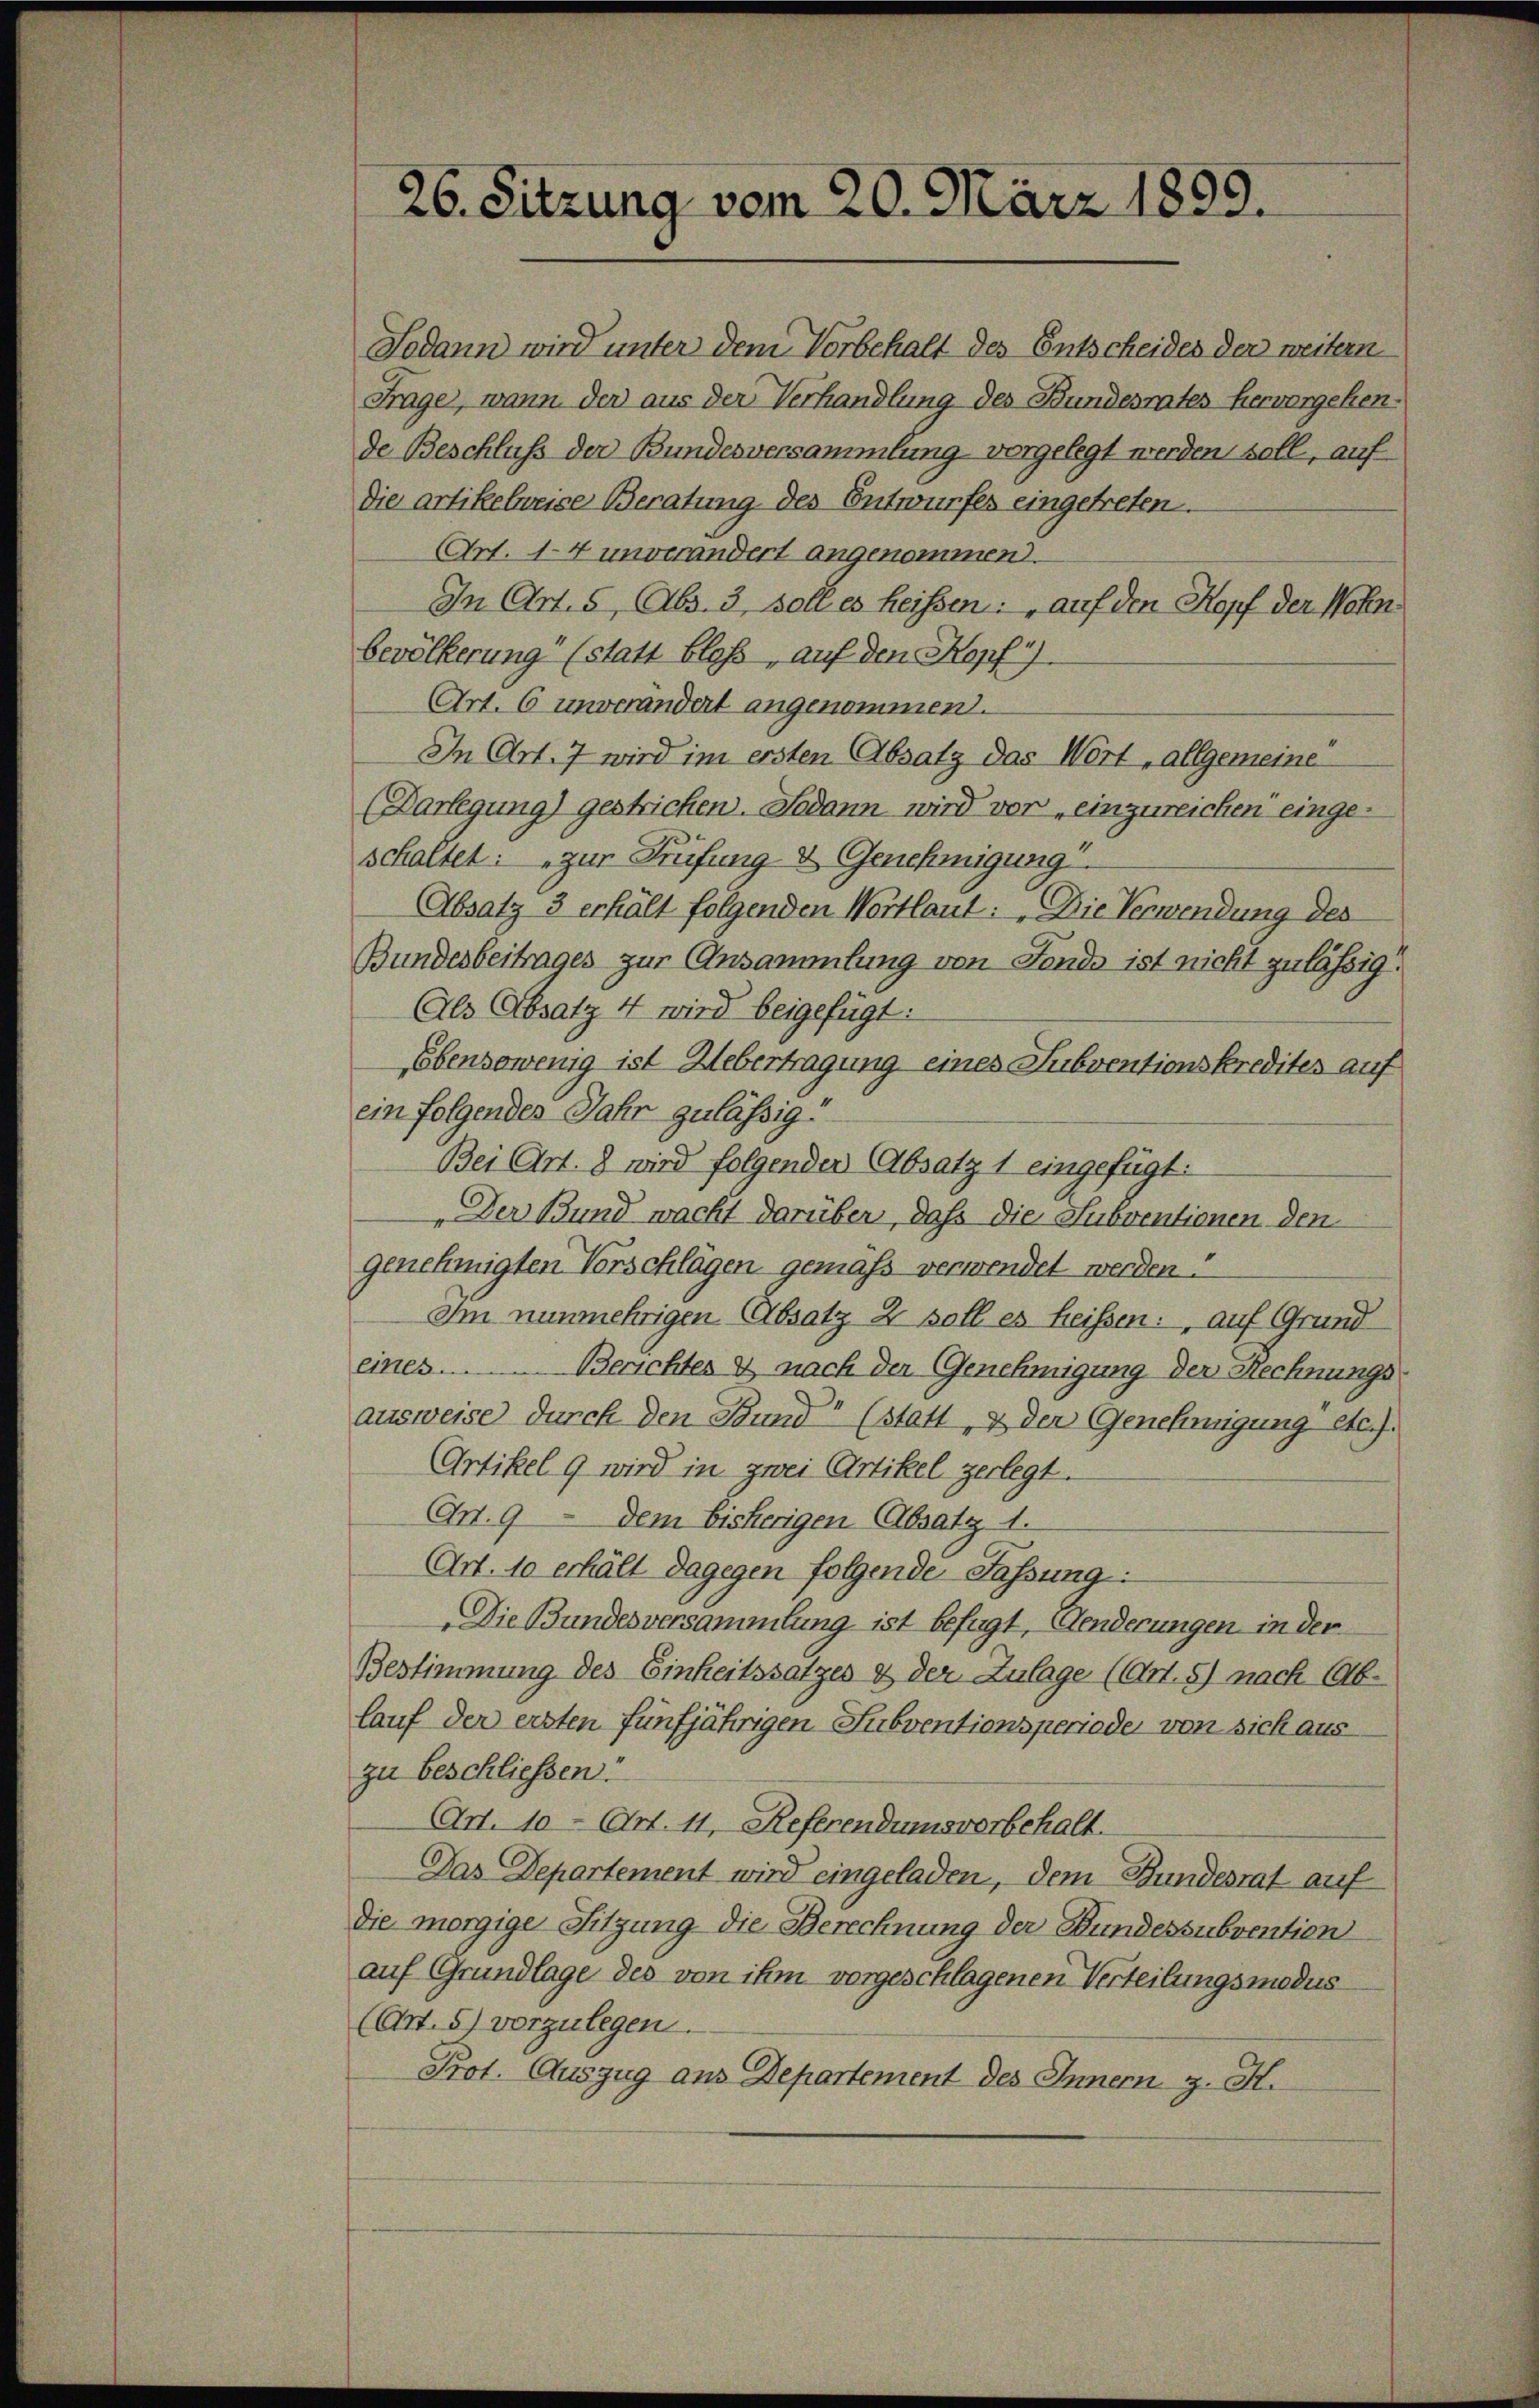
26. Sitzung vom 20. März 1899.

Sodann wird unter dem Vorbehalt des Entscheides der weitern
Frage, wann der aus der Verhandlung des Bundesrates hervorgehende Beschluss der Bundesversammlung vorgelegt werden soll, auf
Die Artikelweise Beratung des Entwurfes eingetreten.
Art. 14 unverändert angenommen.
In Art. 5, Abs. 3, soll es heißen: auf den Kopf der Wohnbevölkerung (statt bloß, auf den Kopf 1).
Art. 6 unverändert angenommen.
In Art. 7 wird im ersten Absatz das Wort „allgemeine
(Darlegung) gestricken. Sodann wird vor einzureichen eingeschaltet: „zur Prüfung & Genehmigung
Absatz 3 erhält folgenden Wortlaut: „Die Verwendung des
Bundesbeitrages zur Ansammlung von Fondo ist nicht zulässig.
Als Absatz 4 wird beigefügt:
Ebensowenig ist Uebertragung eines Subventionskredites auf
ein folgendes Jahr zulässig.
Bei Art. 8 wird folgender Absatz 1 eingefügt:
Der Bund wacht darüber, daß die Subventionen den
genehmigten Verschlägen gemäß verwendet werden.
Im nunmehrigen Absatz 2 soll es heißen: auf Grund
eines ................ Berichtes & nach der Genehmigung der Rechnungsausweise durch den Stund“ (statt, & der Genehmigung etc.).
Artikel 9 wird in zwei Artikel zerlegt.
Ct. 9 - dem bisherigen (Absatz 1.
Art. 10 erhält dagegen folgende Fassung:
Die Bundesversammlung ist befugt, enderungen in der
Bestimmung des Einheitssatzes & der Zulage (Art. 8) nach Ab-
lauf der ersten fünfjährigen Subventionsperiode von sich aus
zu beschliessen:
Art. 10 Art. 11, Referendumsvorbehalt
Das Departement wird eingeladen, dem Bundesrat auf
die morgige Sitzung die Berechnung der Bundessubvention
auf Grundlage des von ihm vorgeschlagenen Verteilungsmodus
(Art. 5) vorzulegen.
Prot. Auszug aus Departement des Innern z. K.